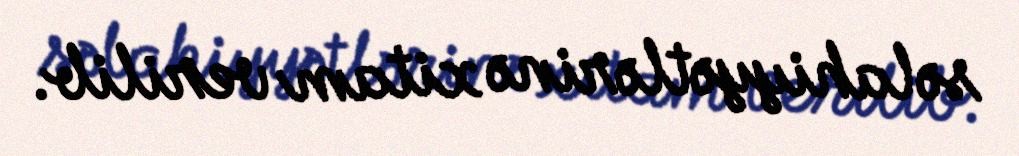
səlahiyyətlərinə xitam verilib.